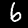
Digit: 6